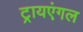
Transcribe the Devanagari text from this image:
ट्रायएंगल